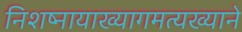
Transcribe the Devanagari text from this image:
निशष्नायाख्यागमत्यख्याने